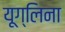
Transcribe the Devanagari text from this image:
यूग्लिना